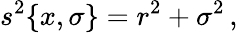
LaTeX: s^{2}\{ x,\sigma\} =r^{2}+\sigma^{2}\, ,